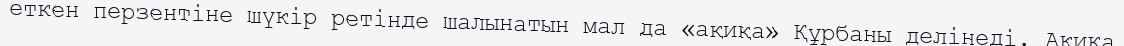
еткен перзентіне шүкір ретінде шалынатын мал да «ақиқа» Құрбаны делінеді. Ақиқа